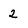
Character: 2